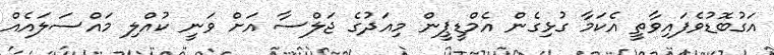
އަގުބޮޑުވެފައިވާތީ އެކަމާ ގުޅިގެން އެމްޑީޕީން މިއަދުގެ ޖަލްސާ އަށް ވަނީ ކުއްލި މައްސަލައެއް